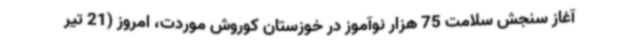
آغاز سنجش سلامت 75 هزار نوآموز در خوزستان کوروش موردت، امروز (21 تیر